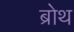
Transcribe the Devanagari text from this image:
ब्रोथ